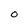
Character: O